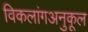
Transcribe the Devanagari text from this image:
विकलांगअनुकूल